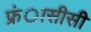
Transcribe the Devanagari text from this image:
फ्रंासीसी